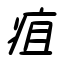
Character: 疽